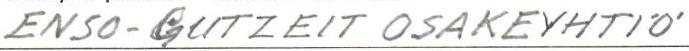
ENSO-GUTZEIT OSAKEYHTIÖ